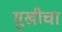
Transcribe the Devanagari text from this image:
मुखीचा